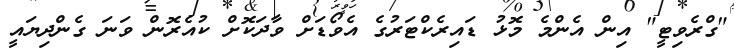
"ގްރެވިޓީ" އިން އެންމެ މޮޅު ޑައިރެކްޓަރުގެ އެވޯޑަށް ވާދަކޮށް ކުއެރޮން ވަނަ ގެންދިޔައީ